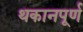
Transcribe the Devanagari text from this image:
थकानपूर्ण